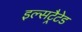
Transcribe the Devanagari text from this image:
इल्सट्रैटेड